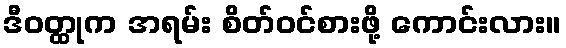
ဒီဝတ္ထုက အရမ်း စိတ်ဝင်စားဖို့ ကောင်းလား။